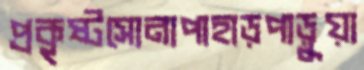
প্রকৃষ্টসোনাপাহাড়পাড়ুয়া